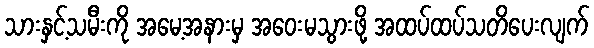
သားနှင့်သမီးကို အမေ့အနားမှ အဝေးမသွားဖို့ အထပ်ထပ်သတိပေးလျက်